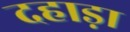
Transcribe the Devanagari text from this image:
दहाड़ा